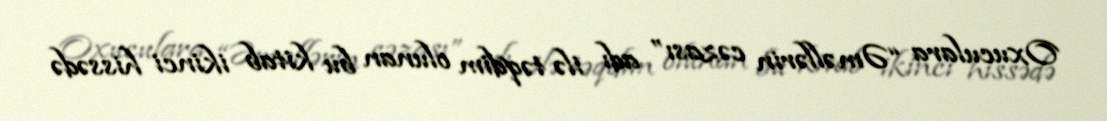
Oxuculara “Əməllərin cəzası” adı ilə təqdim olunan bu kitab ikinci hissədə